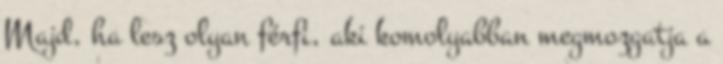
Majd, ha lesz olyan férfi, aki komolyabban megmozgatja a